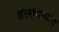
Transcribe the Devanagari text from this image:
शस्त्रधार्‍यांत